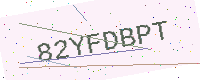
Text: 82YFDBPT